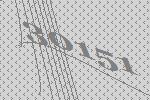
30151